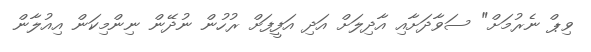
ވިޕް ނެރުމަށް" ސަވާދަށާއި އާދިލަށް އަދި އަފީފަށް ރުހުން ނުދޭން ނިންމިކަން އިއުލާން